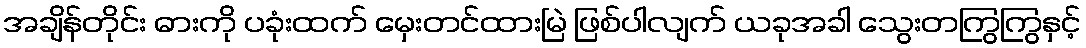
အချိန်တိုင်း ဓားကို ပခုံးထက် မှေးတင်ထားမြဲ ဖြစ်ပါလျက် ယခုအခါ သွေးတကြွကြွနှင့်